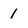
Character: 1